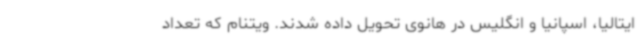
ایتالیا، اسپانیا و انگلیس در هانوی تحویل داده شدند. ویتنام که تعداد